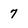
Character: 7